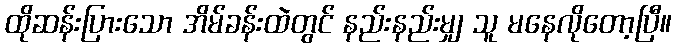
ထိုဆန်းပြားသော အိမ်ခန်းထဲတွင် နည်းနည်းမျှ သူ မနေလိုတော့ပြီ။